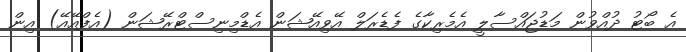
އެ ބޯޓު ދުއްވުން މަޑުޖައްސާލީ އެމެރިކާގެ ފެޑެރަލް އޭވިއޭޝަން އެޑްމިނިސްޓްރޭޝަން (އެފްއޭއޭ) އިން